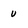
Character: u